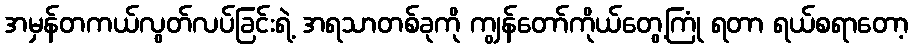
အမှန်တကယ်လွတ်လပ်ခြင်းရဲ့ အရသာတစ်ခုကို ကျွန်တော်ကိုယ်တွေ့ကြုံ ရတာ ရယ်စရာတော့